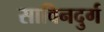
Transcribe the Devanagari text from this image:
साविनदुर्ग